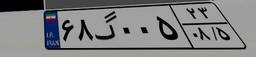
۶۸گ۰۰۵۲۳